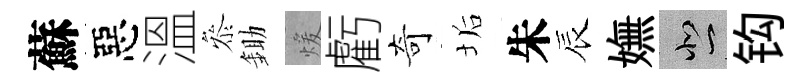
蘇惡溫叅鋤煖虧奇垢朱辰嫵悲钩